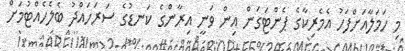
މި ހަމަލާއަށްފަހު އެމެރިކާގެ ޕެންޓަގަން އިން ވަނީ އިރާންގެ ކަނޑުގެ ސަރަހައްދު ބެލެހެއްޓުމަށް